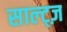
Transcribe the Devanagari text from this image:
साल्ट्ज़